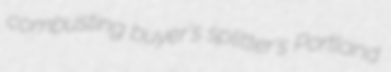
combusting buyer's splitter's Portland